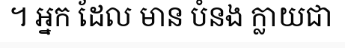
។ អ្នក ដែល មាន បំនង ក្លាយជា